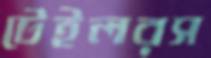
টেইলরস